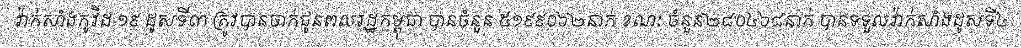
វ៉ាក់សាំងកូវីដ-១៩ ដូសទី៣ ត្រូវបានចាក់ជូនពលរដ្ឋកម្ពុជា បានចំនួន ៥១៩៩០៦២នាក់ ខណៈ ចំនួន២៨០៤៦៨នាក់ បានទទួលវ៉ាក់សាំងដូសទី៤